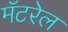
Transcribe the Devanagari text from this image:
मॅटरेल